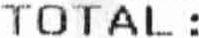
TOTAL :